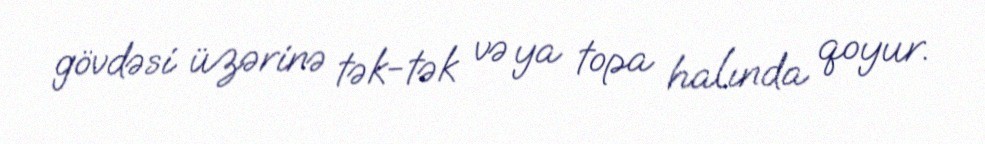
gövdəsi üzərinə tək-tək və ya topa halında qoyur.